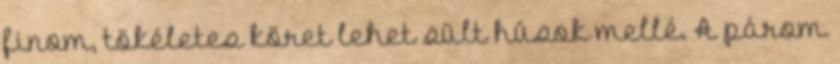
finom, tökéletes köret lehet sült húsok mellé. A párom